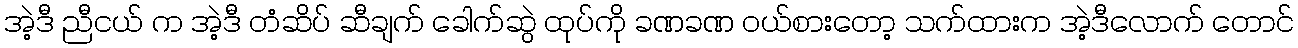
အဲ့ဒီ ညီငယ် က အဲ့ဒီ တံဆိပ် ဆီချက် ခေါက်ဆွဲ ထုပ်ကို ခဏခဏ ဝယ်စားတော့ သက်ထားက အဲ့ဒီလောက် တောင်